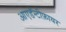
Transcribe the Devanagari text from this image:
आएडॅन्टीफ़ायर